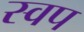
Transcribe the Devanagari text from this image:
स्वप